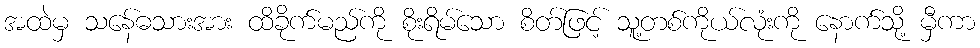
အထဲမှ သနေ်ဓသားအား ထိခိုက်မည်ကို စိုးရိမ်သော စိတ်ဖြင့် သူ့တစ်ကိုယ်လုံးကို နောက်သို့ မှီကာ